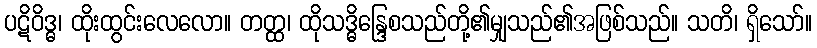
ပဋိဝိဒ္ဓ၊ ထိုးထွင်းလေလော။ တတ္ထ၊ ထိုသဒ္ဓိန္ဒြေစသည်တို့၏မျှသည်၏အဖြစ်သည်။ သတိ၊ ရှိသော်။